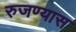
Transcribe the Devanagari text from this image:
रुजण्यास